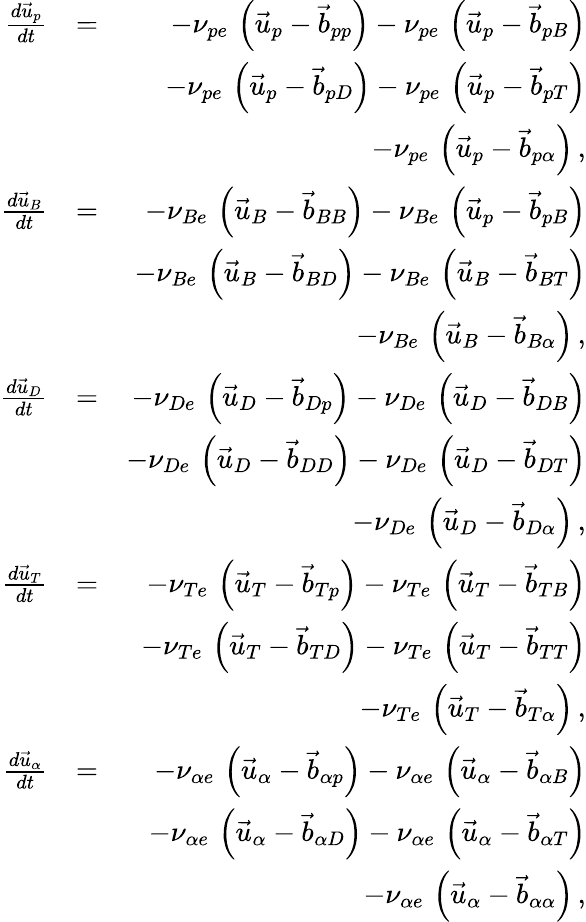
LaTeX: \begin{array}{rlr}{\frac{d\vec{u}_{p}}{dt}}&{=}&{-\nu_{pe}\, \left(\vec{u}_{p}-\vec{b}_{pp}\right)-\nu_{pe}\, \left(\vec{u}_{p}-\vec{b}_{pB}\right)}\\ &{}&{-\nu_{pe}\, \left(\vec{u}_{p}-\vec{b}_{pD}\right)-\nu_{pe}\, \left(\vec{u}_{p}-\vec{b}_{pT}\right)}\\ &{}&{-\nu_{pe}\, \left(\vec{u}_{p}-\vec{b}_{p\alpha}\right)\, ,}\\ {\frac{d\vec{u}_{B}}{dt}}&{=}&{-\nu_{Be}\, \left(\vec{u}_{B}-\vec{b}_{BB}\right)-\nu_{Be}\, \left(\vec{u}_{p}-\vec{b}_{pB}\right)}\\ &{}&{-\nu_{Be}\, \left(\vec{u}_{B}-\vec{b}_{BD}\right)-\nu_{Be}\, \left(\vec{u}_{B}-\vec{b}_{BT}\right)}\\ &{}&{-\nu_{Be}\, \left(\vec{u}_{B}-\vec{b}_{B\alpha}\right)\, ,}\\ {\frac{d\vec{u}_{D}}{dt}}&{=}&{-\nu_{De}\, \left(\vec{u}_{D}-\vec{b}_{Dp}\right)-\nu_{De}\, \left(\vec{u}_{D}-\vec{b}_{DB}\right)}\\ &{}&{-\nu_{De}\, \left(\vec{u}_{D}-\vec{b}_{DD}\right)-\nu_{De}\, \left(\vec{u}_{D}-\vec{b}_{DT}\right)}\\ &{}&{-\nu_{De}\, \left(\vec{u}_{D}-\vec{b}_{D\alpha}\right)\, ,}\\ {\frac{d\vec{u}_{T}}{dt}}&{=}&{-\nu_{Te}\, \left(\vec{u}_{T}-\vec{b}_{Tp}\right)-\nu_{Te}\, \left(\vec{u}_{T}-\vec{b}_{TB}\right)}\\ &{}&{-\nu_{Te}\, \left(\vec{u}_{T}-\vec{b}_{TD}\right)-\nu_{Te}\, \left(\vec{u}_{T}-\vec{b}_{TT}\right)}\\ &{}&{-\nu_{Te}\, \left(\vec{u}_{T}-\vec{b}_{T\alpha}\right)\, ,}\\ {\frac{d\vec{u}_{\alpha}}{dt}}&{=}&{-\nu_{\alpha e}\, \left(\vec{u}_{\alpha}-\vec{b}_{\alpha p}\right)-\nu_{\alpha e}\, \left(\vec{u}_{\alpha}-\vec{b}_{\alpha B}\right)}\\ &{}&{-\nu_{\alpha e}\, \left(\vec{u}_{\alpha}-\vec{b}_{\alpha D}\right)-\nu_{\alpha e}\, \left(\vec{u}_{\alpha}-\vec{b}_{\alpha T}\right)}\\ &{}&{-\nu_{\alpha e}\, \left(\vec{u}_{\alpha}-\vec{b}_{\alpha\alpha}\right)\, ,}\end{array}